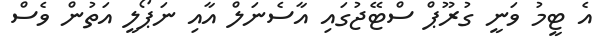
އެ ޓީމު ވަނީ ގުރޫޕް ސްޓޭޖުގައި އާސެނަލް އާއި ނަޕޯލީ އަތުން ވެސް